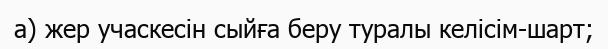
а) жер учаскесін сыйға беру туралы келісім-шарт;